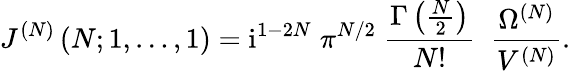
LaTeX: J^{(N)}\left(N;1,\ldots,1\right)=\mathrm{i}^{1-2N}\; \pi^{N/2}\; \frac{\Gamma\left({\textstyle{\frac{N}{2}}}\right)}{N!}\; \; \frac{\Omega^{(N)}}{V^{(N)}}.